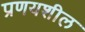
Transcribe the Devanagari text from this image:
प्रणयशील